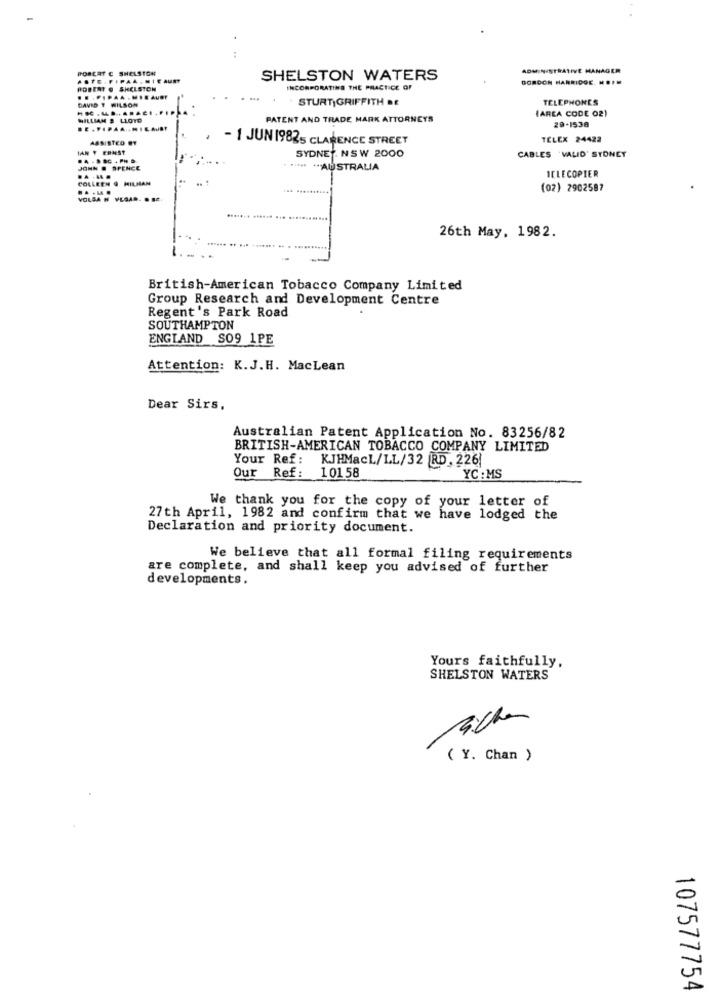
PORLET C SHELSTON
ADMINISTRATIVE MANAGER
ASTE . FIPAA . NICAUM
SHELSTON WATERS
GORDON HARRIDGE. HEIM
ROBERT @ SHELSTON
INCORPORATING THE PRACTICE OF
DAVID T WILSON
STURT GRIFFITH BE
TELEPHONES
(AREA CODE 02)
WILLIAM # LLOTO
PATENT AND TRADE MARK ATTORNEYS
29-1538
ASSISTED ET
- 1 JUN 19825 CLARENCE STREET
TELEX 24422
IAN Y ERNST
SYDNEY. NSW 2000
CABLES 'VALID' STONEY
JOHN @ SPENCE
*-* - AUSTRALIA
ICLECOPIER
.A .M.
COLLEEN & HILMAN
.. ...
(02) 2902587
VOLSA N VEGAD. . SC.
26th May, 1982.
British-American Tobacco Company Limited
Group Research and Development Centre
Regent's Park Road
SOUTHAMPTON
ENGLAND SO9 1PE
Attention: K.J.H. MacLean
Dear Sirs,
Australian Patent Application No. 83256/82
BRITISH-AMERICAN TOBACCO COMPANY LIMITED
Your Ref: KJHMacL/LL/32 RD, 226!
Our Ref: 10158
YC : MS
We thank you for the copy of your letter of
27th April, 1982 and confirm that we have lodged the
Declaration and priority document.
We believe that all formal filing requirements
are complete, and shall keep you advised of further
developments.
Yours faithfully,
SHELSTON WATERS
( Y. Chan )
107577754